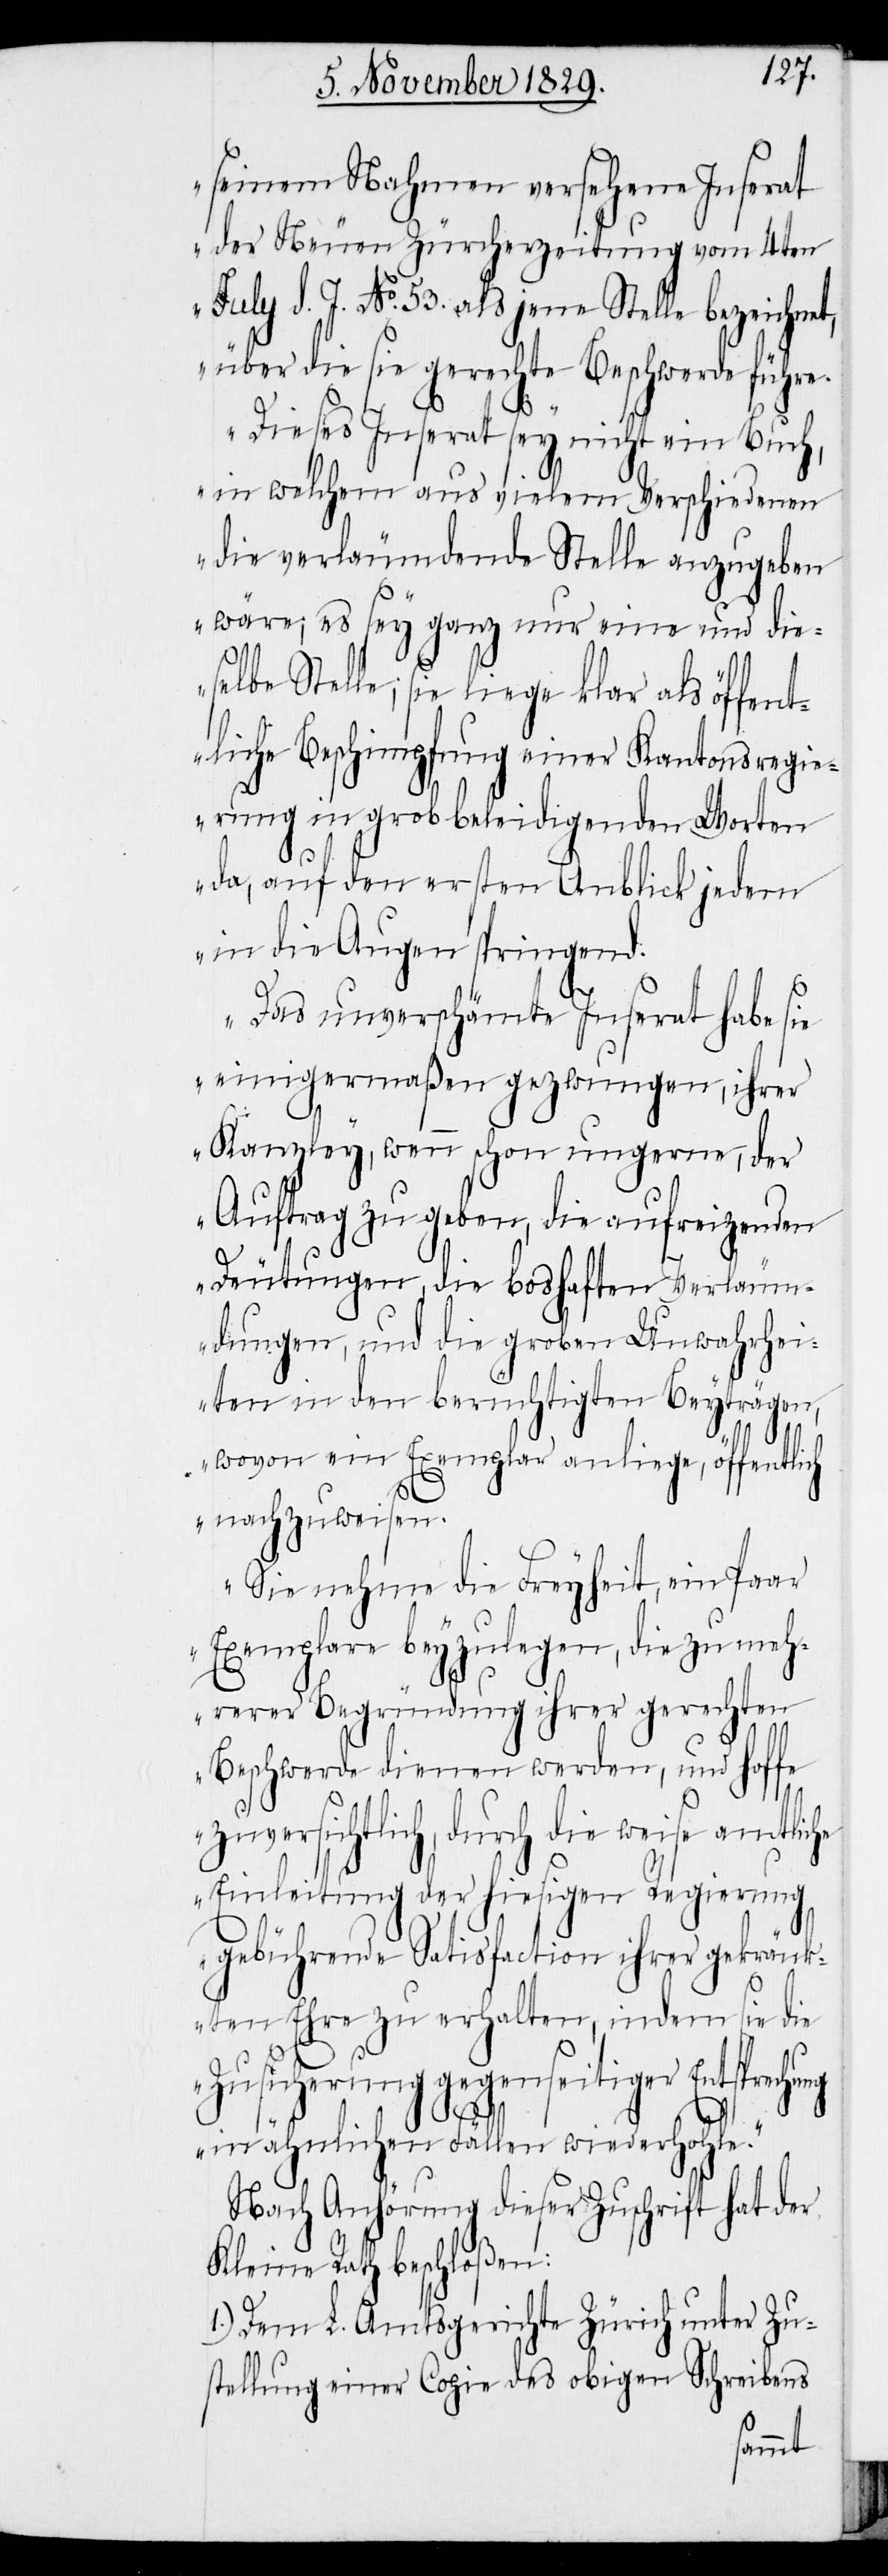
seinen Nahmen versehene Inserat
der Neuen Zürcherzeitung vom 4ten
July d. J. No. 53. als jene Stelle bezeichnet,
über die sie gerechte Beschwerde führe.
he
Dieses Inserat sey nicht ein Buch,
in welchem aus vielem Verschiedenen
die verläumdende Stelle anzugeben
wäre; es sey ganz nur eine und die¬
selbe Stelle; sie liege klar als öffent¬
liche Beschimpfung einer Kantonsregie¬
rung in grob beleidigenden Worten
da, auf den ersten Anblick jedem
in die Augen springend:
Das unverschämte Inserat habe sie
einigermaßen gezwungen, ihrer
Kanzley, wenn schon ungerne, den
Auftrag zu geben, die aufreizenden
Deutungen, die boshaften Verläum¬
dungen, und die groben Unwahrhei¬
ten in den berüchtigten Beyträgen,
wovon ein Exemplar anliege, öffentlich
nachzuweisen.
Sie nehme die Freyheit, ein Paar
Exemplare beyzulegen, die zu meh¬
rerer Begründung ihrer gerechten
Beschwerde dienen werden, und hoffe
uversichtlich, durch die weise amtlic¬
Einleitung der hiesigen Regierung
gebührende Satisfaction ihrer gekränk¬
ten Ehre zu erhalten, indem sie die
Zusicherung gegenseitiger Entsprechung
in ähnlichen Fällen wiederhohle.“
Nach Anhörung dieser Zuschrift hat der
Kleine Rath beschloßen:
1.) Dem L. Amtsgerichte Zürich unter Zu¬
stellung einer Copie des obigen Schreibens